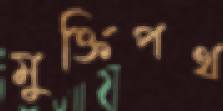
মুক্তিপথ